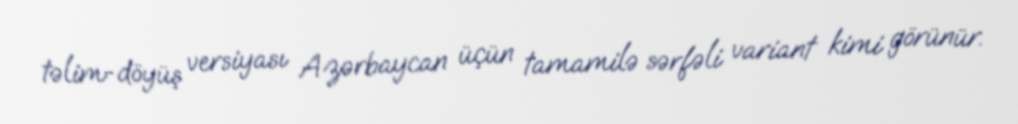
təlim-döyüş versiyası Azərbaycan üçün tamamilə sərfəli variant kimi görünür.